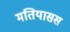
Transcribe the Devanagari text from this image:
मतियासस